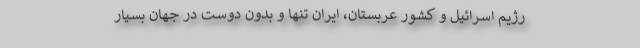
رژیم اسرائیل و کشور عربستان، ایران تنها و بدون دوست در جهان بسیار